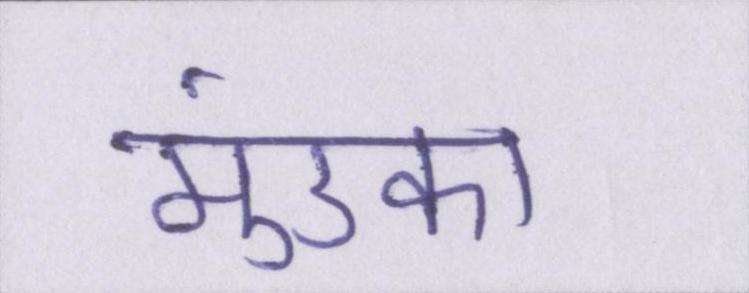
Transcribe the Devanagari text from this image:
मुंडका